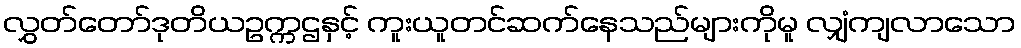
လွှတ်တော်ဒုတိယဥက္ကဌနှင့် ကူးယူတင်ဆက်နေသည်များကိုမူ လျှံကျလာသော